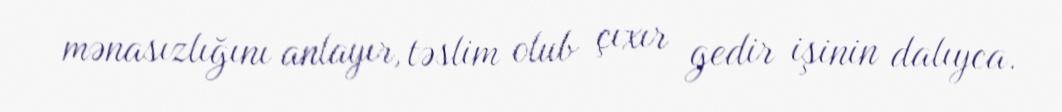
mənasızlığını anlayır, təslim olub çıxır gedir işinin dalıyca.